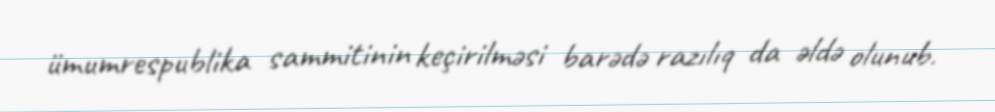
ümumrespublika sammitinin keçirilməsi barədə razılıq da əldə olunub.